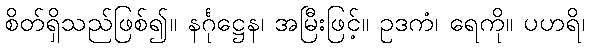
စိတ်ရှိသည်ဖြစ်၍။ နင်္ဂုဋ္ဌေန၊ အမြီးဖြင့်။ ဥဒကံ၊ ရေကို။ ပဟရိ၊